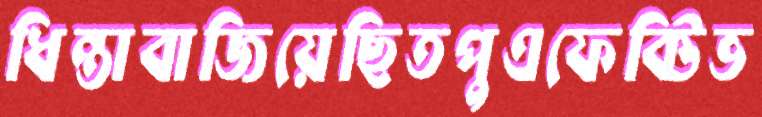
ধিন্তাবাজিয়েছিতপুএফেক্টিভ